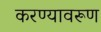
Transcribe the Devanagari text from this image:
करण्यावरूण